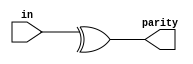
/* 
    https://hdlbits.01xz.net/wiki/Reduction
*/

/* 
    The reduction operators can do AND, OR, and XOR of the bits of a vector, producing one bit of output:

    & a[3:0]     // AND: a[3]&a[2]&a[1]&a[0]. Equivalent to (a[3:0] == 4'hf)
    | b[3:0]     // OR:  b[3]|b[2]|b[1]|b[0]. Equivalent to (b[3:0] != 4'h0)
    ^ c[2:0]     // XOR: c[2]^c[1]^c[0]

    These are unary operators that have only one operand (similar to the NOT operators ! and ~). You can also invert the outputs of these to create NAND, NOR, and XNOR gates, e.g., (~& d[7:0]).
*/

module top_module (
    input [7:0] in,
    output parity); 

    assign parity = ^ in[7:0];
endmodule